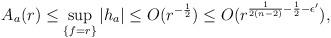
LaTeX: \begin{align*} A_a(r)\leq \sup _{\{f=r\}}|h_a|\leq O(r^{-\frac{1}{2}})\leq O(r^{\frac{1}{2(n-2)}-\frac{1}{2}-\epsilon'}), \end{align*}